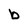
Character: b